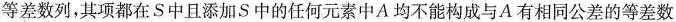
等差数列，其项都在S中且添加S中的任何元素中A均不能构成与A有相同公差的等差数